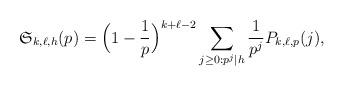
LaTeX: \begin{align*} \mathfrak{S}_{k,\ell,h}(p) = \Big( 1- \frac{1}{p} \Big)^{k+\ell-2} \sum_{j \ge 0: p^j \mid h} \frac{1}{p^j} P_{k,\ell,p}(j),\end{align*}